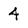
Character: 4